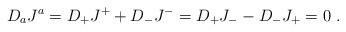
LaTeX: \begin{align*}D_a J^a = D_+ J^+ + D_- J^- = D_+ J_- - D_- J_+ = 0 \ .\end{align*}